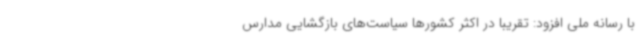
با رسانه ملی افزود: تقریبا در اکثر کشورها سیاست‌های بازگشایی مدارس